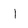
Character: l